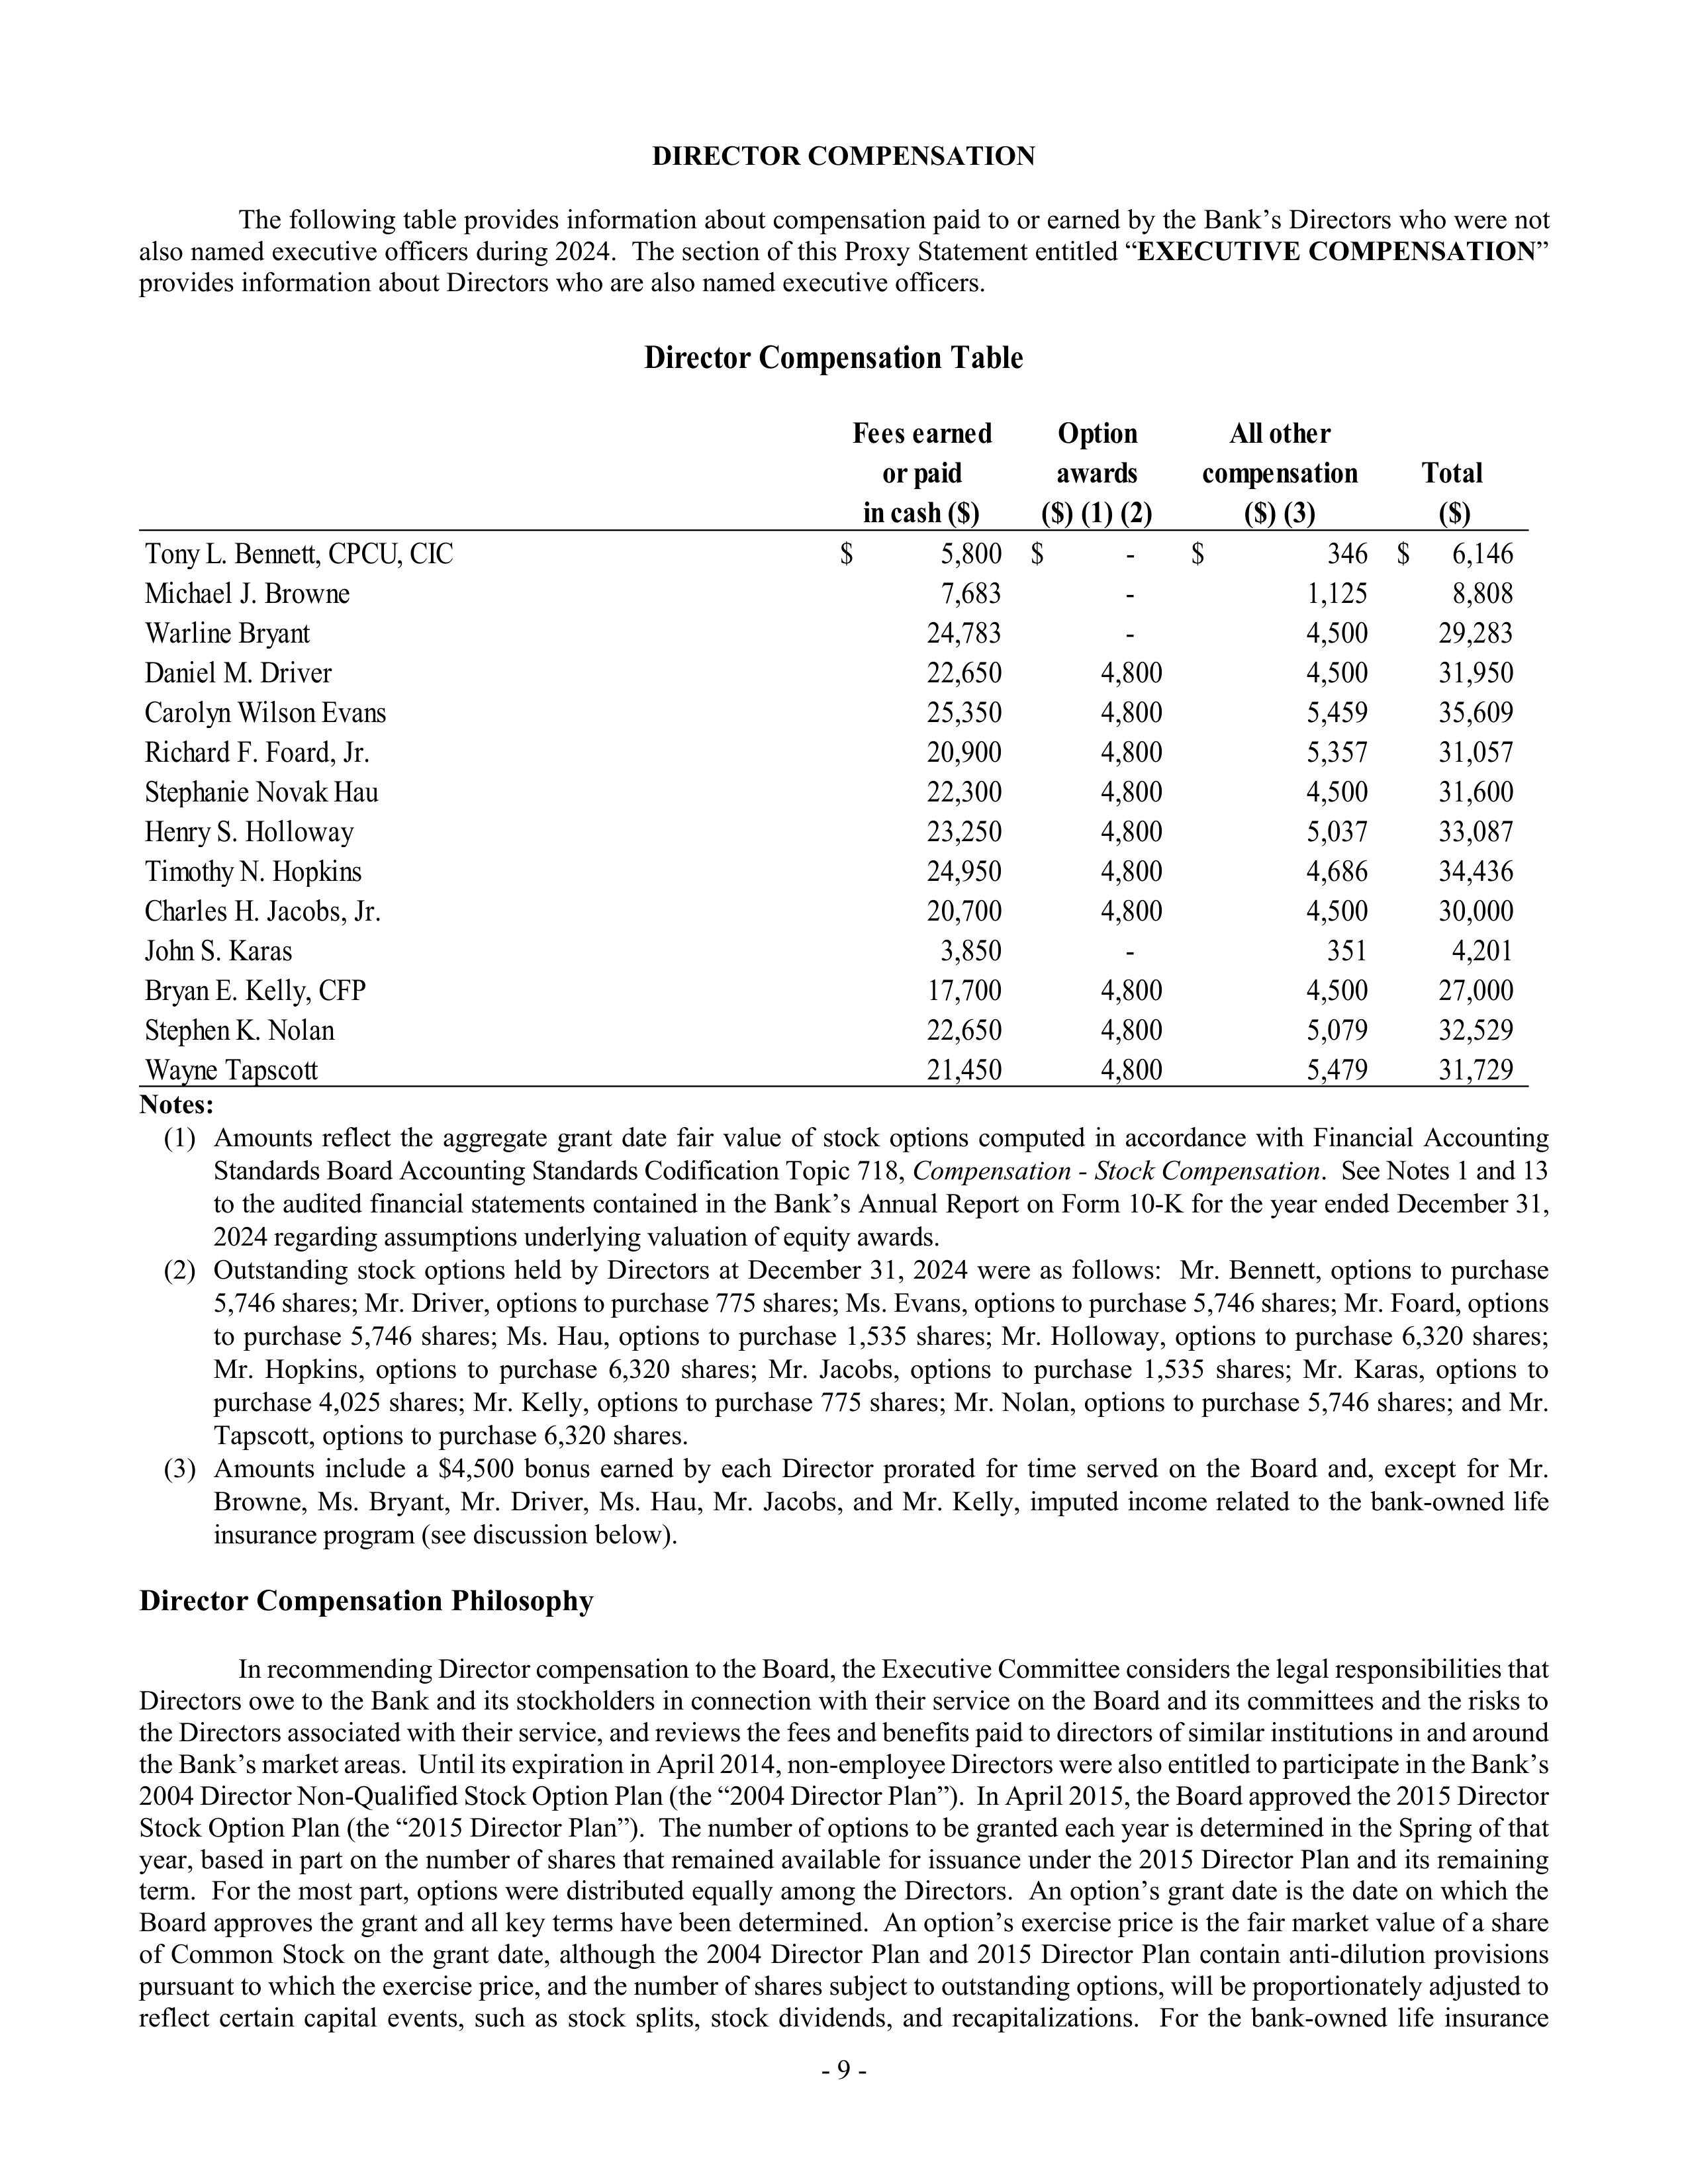
DIRECTOR COMPENSATION

The following table provides information about compensation paid to or earned by the Bank's Directors who were not
also named executive officers during 2024. The section of this Proxy Statement entitled "EXECUTIVE COMPENSATION"
provides information about Directors who are also named executive officers.

Director Compensation Table

                                                        Fees earned          Option           All other
                                                         or paid            awards          compensation            Total
                                                        in cash ($)        ($) (1) (2)           ($) (3)             ($)
Tony L. Bennett, CPCU, CIC                         $        5,800      $       -        $         346       $      6,146
Michael J. Browne                                           7,683             -                 1,125              8,808
Warline Bryant                                             24,783             -                 4,500             29,283
Daniel M. Driver                                           22,650          4,800                4,500             31,950
Carolyn Wilson Evans                                       25,350          4,800                5,459             35,609
Richard F. Foard, Jr.                                      20,900          4,800                5,357             31,057
Stephanie Novak Hau                                        22,300          4,800                4,500             31,600
Henry S. Holloway                                          23,250          4,800                5,037             33,087
Timothy N. Hopkins                                         24,950          4,800                4,686             34,436
Charles H. Jacobs, Jr.                                     20,700          4,800                4,500             30,000
John S. Karas                                               3,850             -                  351              4,201
Bryan E. Kelly, CFP                                        17,700          4,800                4,500             27,000
Stephen K. Nolan                                           22,650          4,800                5,079             32,529
Wayne Tapscott                                             21,450          4,800                5,479             31,729

Notes:
(1) Amounts reflect the aggregate grant date fair value of stock options computed in accordance with Financial Accounting
Standards Board Accounting Standards Codification Topic 718, Compensation - Stock Compensation. See Notes 1 and 13
to the audited financial statements contained in the Bank's Annual Report on Form 10-K for the year ended December 31,
2024 regarding assumptions underlying valuation of equity awards.
(2) Outstanding stock options held by Directors at December 31, 2024 were as follows: Mr. Bennett, options to purchase
5,746 shares; Mr. Driver, options to purchase 775 shares; Ms. Evans, options to purchase 5,746 shares; Mr. Foard, options
to purchase 5,746 shares; Ms. Hau, options to purchase 1,535 shares; Mr. Holloway, options to purchase 6,320 shares;
Mr. Hopkins, options to purchase 6,320 shares; Mr. Jacobs, options to purchase 1,535 shares; Mr. Karas, options to
purchase 4,025 shares; Mr. Kelly, options to purchase 775 shares; Mr. Nolan, options to purchase 5,746 shares; and Mr.
Tapscott, options to purchase 6,320 shares.
(3) Amounts include a $4,500 bonus earned by each Director prorated for time served on the Board and, except for Mr.
Browne, Ms. Bryant, Mr. Driver, Ms. Hau, Mr. Jacobs, and Mr. Kelly, imputed income related to the bank-owned life
insurance program (see discussion below).

Director Compensation Philosophy

In recommending Director compensation to the Board, the Executive Committee considers the legal responsibilities that
Directors owe to the Bank and its stockholders in connection with their service on the Board and its committees and the risks to
the Directors associated with their service, and reviews the fees and benefits paid to directors of similar institutions in and around
the Bank's market areas. Until its expiration in April 2014, non-employee Directors were also entitled to participate in the Bank's
2004 Director Non-Qualified Stock Option Plan (the "2004 Director Plan"). In April 2015, the Board approved the 2015 Director
Stock Option Plan (the "2015 Director Plan"). The number of options to be granted each year is determined in the Spring of that
year, based in part on the number of shares that remained available for issuance under the 2015 Director Plan and its remaining
term. For the most part, options were distributed equally among the Directors. An option's grant date is the date on which the
Board approves the grant and all key terms have been determined. An option's exercise price is the fair market value of a share
of Common Stock on the grant date, although the 2004 Director Plan and 2015 Director Plan contain anti-dilution provisions
pursuant to which the exercise price, and the number of shares subject to outstanding options, will be proportionately adjusted to
reflect certain capital events, such as stock splits, stock dividends, and recapitalizations. For the bank-owned life insurance

- 9 -